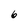
Character: 6